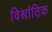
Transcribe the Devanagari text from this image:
विश्रांतिक